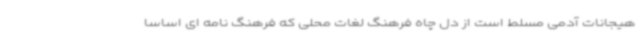
هیجانات آدمی مسلط است از دل چاه فرهنگ لغات محلی که فرهنگ نامه ای اساسا